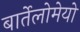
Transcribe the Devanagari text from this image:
बार्तेलोमेयो